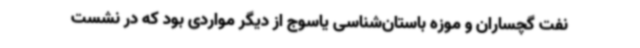
نفت گچساران و موزه باستان‌شناسی یاسوج از دیگر مواردی بود که در نشست